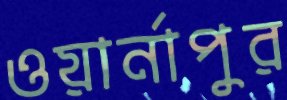
ওয়ার্নাপুর